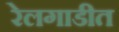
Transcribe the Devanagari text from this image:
रेलगाडीत